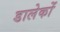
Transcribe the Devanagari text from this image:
डालेकों